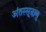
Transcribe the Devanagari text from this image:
अंतस्सूत्राणु